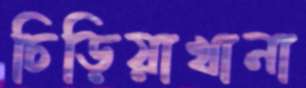
চিড়িয়াখানা